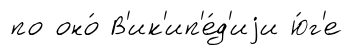
по оно́ В'ик'ип'е́д'иjи ю́г'е